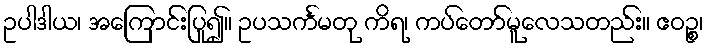
ဥပါဒါယ၊ အကြောင်းပြု၍။ ဥပသင်္ကမတု ကိရ၊ ကပ်တော်မူလေသတည်း။ ဧဝဉ္စ၊